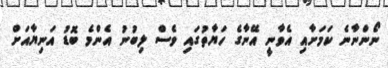
ނޯންނާނެ ކަމަށާއި އެވާނީ އޭނާގެ ހަޔާތުގައި ވެސް ލިބުނު އެންމެ ބޮޑު އަނިޔާއަށް